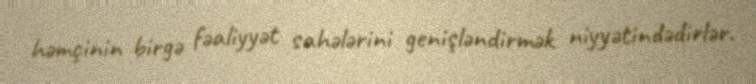
həmçinin birgə fəaliyyət sahələrini genişləndirmək niyyətindədirlər.